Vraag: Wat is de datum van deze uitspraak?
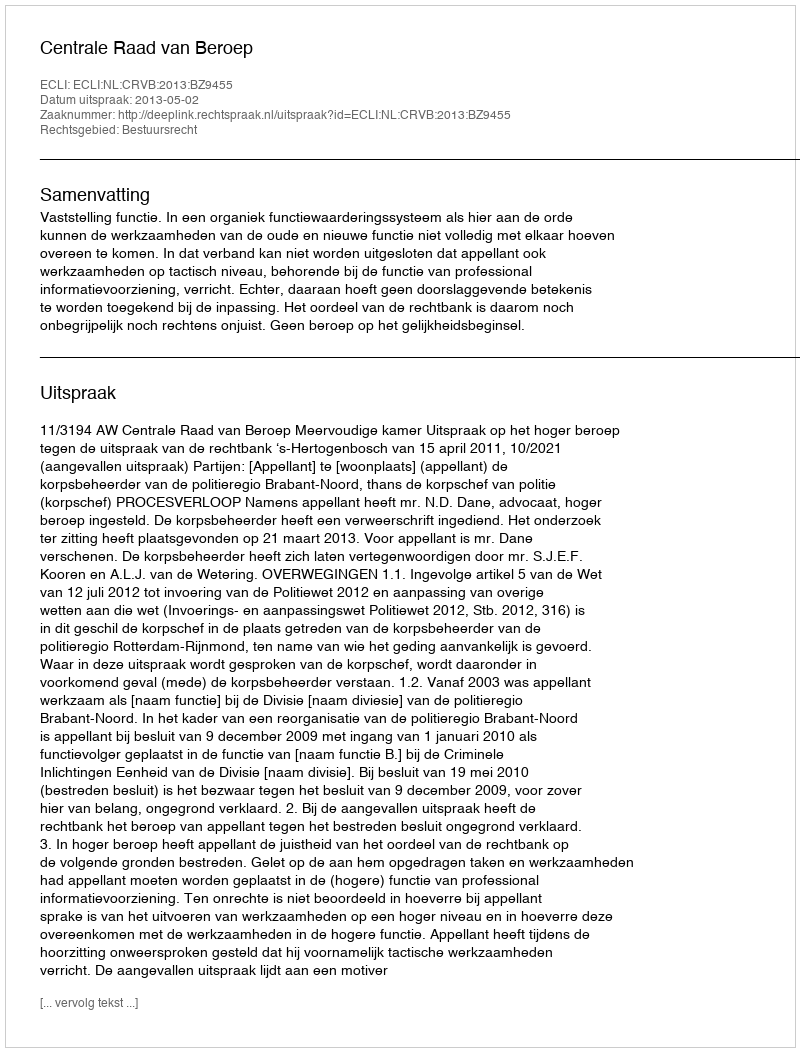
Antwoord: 2013-05-02